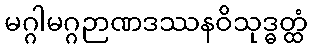
မဂ္ဂါမဂ္ဂဉာဏဒဿနဝိသုဒ္ဓတ္ထံ